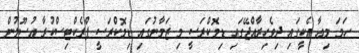
ހަމަ މިއާ އެކީގައި ދިވެހިރާއްޖޭގައި ޑިމޮކްރަސީ މި ޒަމާނުގައި ޑިމޮކްރަސީ ޕްރެކްޓިސްކުރާ އުސޫލުން